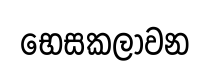
භෙසකලාවන